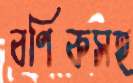
বণিকসহ